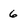
Character: 6